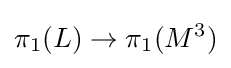
\pi _{1}(L)\to \pi _{1}(M^{3})